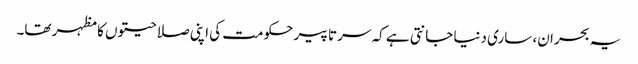
یہ بحران، ساری دنیا جانتی ہے کہ سر تا پیر حکومت کی اپنی صلاحیتوں کا مظہر تھا۔